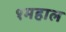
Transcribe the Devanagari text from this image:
१महाल